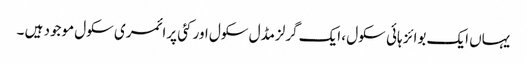
یہاں ایک بوائز ہائی سکول ، ایک گرلزمڈل سکول اور کئی پرائمری سکول موجود ہیں ۔